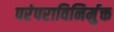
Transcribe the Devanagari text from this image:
परंपराविनिर्मुक्त